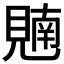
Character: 𫌢